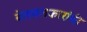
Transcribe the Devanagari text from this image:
बेलवलकारांची